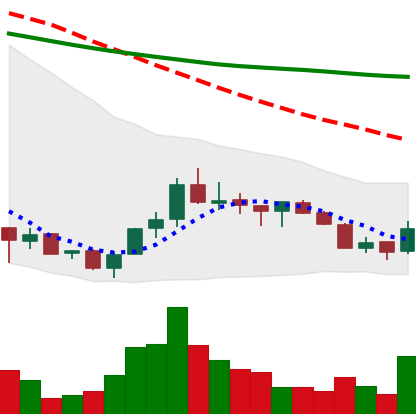
Ticker: ADA-USD
Chart end date: 2018-07-13
Forward return: 30.091%
Label: up_7plus